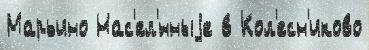
Марьино Нас'ел'́нныjе в Кол'есн'иково